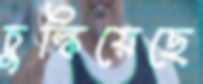
চুল্‌কিয়েছে